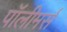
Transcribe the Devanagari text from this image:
पॉलीमर्स